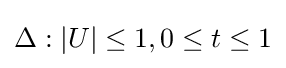
\Delta :|U|\leq 1,0\leq t\leq 1